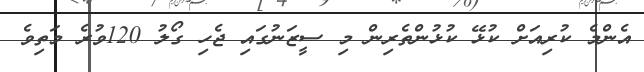
އެންމެ ކުރިއަށް ކުޅޭ ކުޅުންތެރިން މި ސީޒަނުގައި ޖެހި ގޯލު 120ވުރެ މަތިވެ